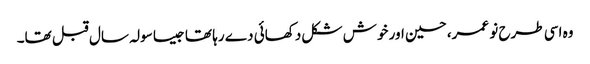
وہ اسی طرح نو عمر، حسین اور خوش شکل دکھائی دے رہا تھا جیسا سولہ سال قبل تھا۔